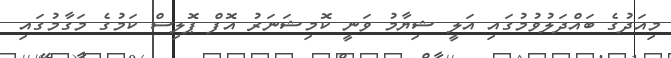
މިއަދުގެ ބައްދަލުވުމުގައި އަލީ ޝިޔާމު ވަނީ ކޮމިޝަނަރު އޮފް ޕޮލިސް ކަމުގެ މަގާމުގައި